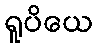
ရူပိယေ